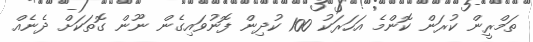
ތަމްރީން ކުރަން ކޮންމެ އަހަރަކު 100 ކުދިން ފޮނުވައިގެން ނޫން ގޮތަކަށް ދެނެއް